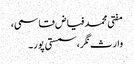
مفتی محمد فیاض قاسمی،
وارث نگر، سمستی پور۔